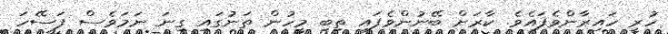
ހުރީ ހައިރާންވެފައެވެ. ކާރަށް ބޭނުންވެފައި ތިބި މީހުން ތަނުގައި ގިނަ ނަމަވެސް ފަސޭހަ